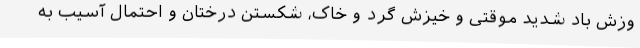
وزش باد شدید موقتی و خیزش گرد و خاک، شکستن درختان و احتمال آسیب به